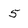
Character: 5